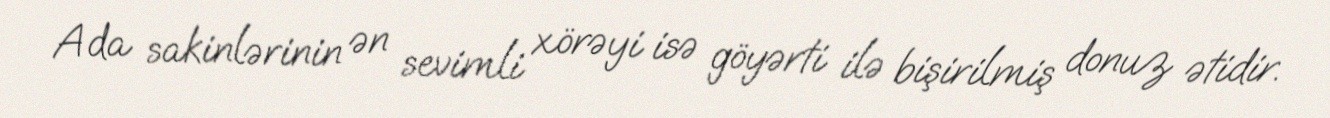
Ada sakinlərinin ən sevimli xörəyi isə göyərti ilə bişirilmiş donuz ətidir.